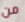
من